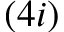
( 4 i )